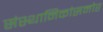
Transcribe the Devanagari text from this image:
संस्थानिकांसमोर